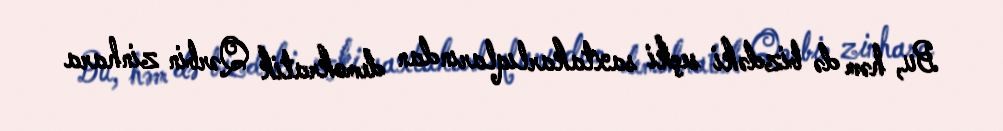
Bu, həm də bizdəki seçki saxtakarlıqlarından demokratik Qərbin zinhara